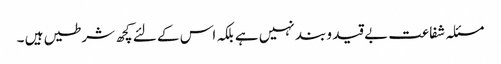
مسئلہ شفاعت بے قید و بند نہیں ہے بلکہ اس کے لئے کچھ شرطیں ہیں ۔